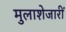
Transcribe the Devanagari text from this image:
मुलाशेजारीं